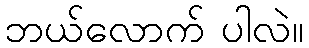
ဘယ်လောက် ပါလဲ။